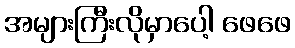
အများကြီးလိုမှာပေါ့ ဖေဖေ